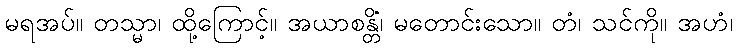
မရအပ်။ တသ္မာ၊ ထို့ကြောင့်။ အယာစန္တိံ၊ မတောင်းသော။ တံ၊ သင်ကို။ အဟံ၊